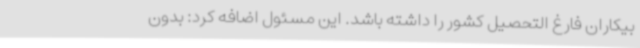
بیکاران فارغ التحصیل کشور را داشته باشد. این مسئول اضافه کرد: بدون